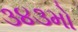
૩૪૩મો